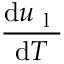
\frac { \mathrm { d } u _ { \mathrm { ~ l ~ } } } { \mathrm { d } T }